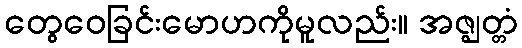
တွေဝေခြင်းမောဟကိုမူလည်း။ အဇ္ဈတ္တံ